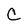
Character: C